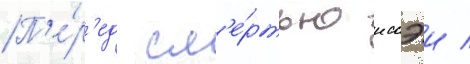
П'е́р'ед см'е́ртью иссэи /